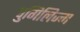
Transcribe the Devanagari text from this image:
पुगिलिज्म